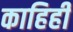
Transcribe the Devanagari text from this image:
काहिही